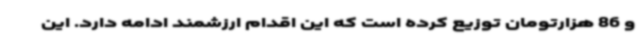
و 86 هزارتومان توزیع کرده است که این اقدام ارزشمند ادامه دارد. این